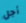
أجل